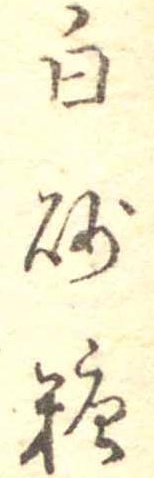
白砂糖